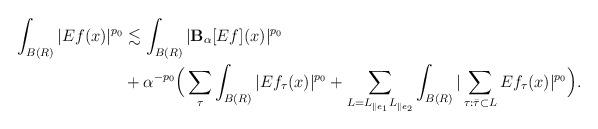
LaTeX: \begin{align*} \int_{B(R)} |E f(x)|^{p_0} &\lesssim \int_{B(R)} |\mathbf{B}_{\alpha} [Ef](x)|^{p_0} \\&+ \alpha^{-p_0} \Big( \sum_{\tau} \int_{B(R)} |Ef_{\tau}(x)|^{p_0} + \sum_{L = L_{\parallel e_1} L_{\parallel e_2 }} \int_{B(R)} |\sum_{\tau: \bar\tau \subset L } Ef_{\tau}(x)|^{p_0} \Big).\end{align*}